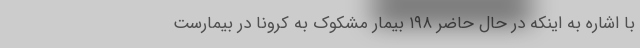
با اشاره به اینکه در حال حاضر ۱۹۸ بیمار مشکوک به کرونا در بیمارست